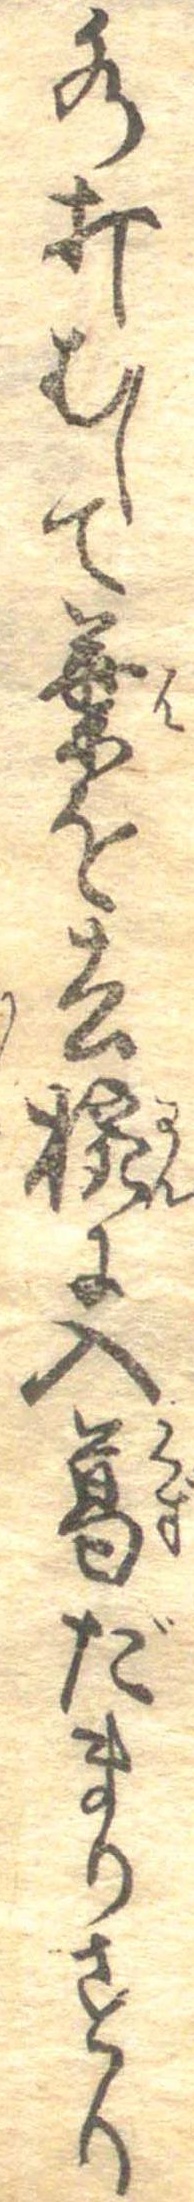
水打むして葉を去椀に入葛だまりすり